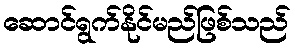
ဆောင်ရွက်နိုင်မည်ဖြစ်သည်